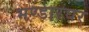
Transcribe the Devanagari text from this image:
भण्डारघर